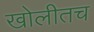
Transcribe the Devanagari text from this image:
खोलीतच